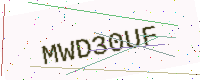
Text: MWD30UF